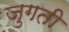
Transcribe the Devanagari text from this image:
जुगती